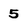
Character: 5